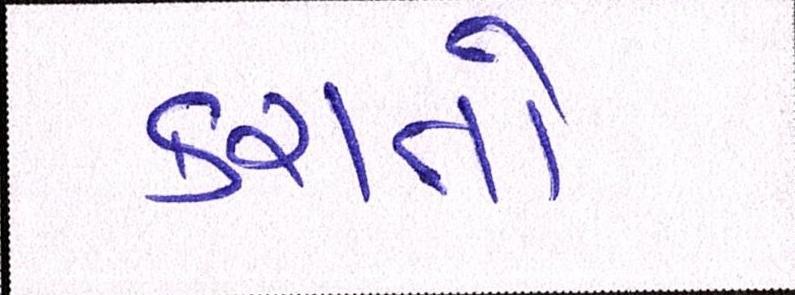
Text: કરાતો